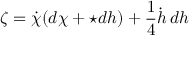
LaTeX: \zeta = \dot { \chi } ( d \chi + \star d h ) + \frac { 1 } { 4 } \dot { h } \, d h